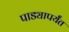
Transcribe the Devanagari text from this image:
पाड्यापर्यंत